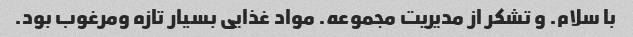
با سلام. و تشکر از مدیریت مجموعه. مواد غذایی بسیار تازه ومرغوب بود.